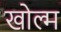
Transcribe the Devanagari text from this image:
खोल्म